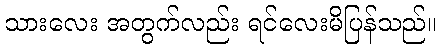
သားလေး အတွက်လည်း ရင်လေးမိပြန်သည်။